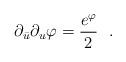
LaTeX: \begin{align*}\partial_{\bar u}\partial_u\varphi={e^{\varphi}\over 2}\ \ .\end{align*}